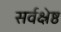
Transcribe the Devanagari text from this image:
सर्वक्ष्रेष्ठ